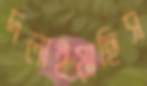
দলাইয়াছিস